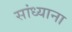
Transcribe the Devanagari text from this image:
सांध्याना